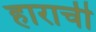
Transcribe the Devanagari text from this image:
हाराची